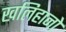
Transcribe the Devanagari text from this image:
खलिहानो